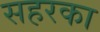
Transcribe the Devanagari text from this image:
सहरका